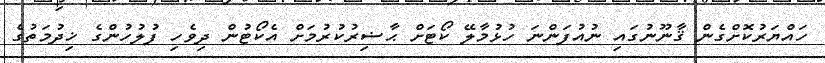
ހައްޔަރުކޮށްގެން ޤާނޫނުގައި ނުއުފަންނަ ހުޅުމާލޭ ކޯޓަށް ޙާޟިރުކުރުމަށް އެކޯޓުން ދިވެހި ފުލުހުންގެ ޚިދުމަތުގެ